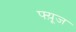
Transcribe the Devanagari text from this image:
फ्य़ूज